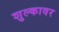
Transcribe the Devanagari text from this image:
शुल्कावर